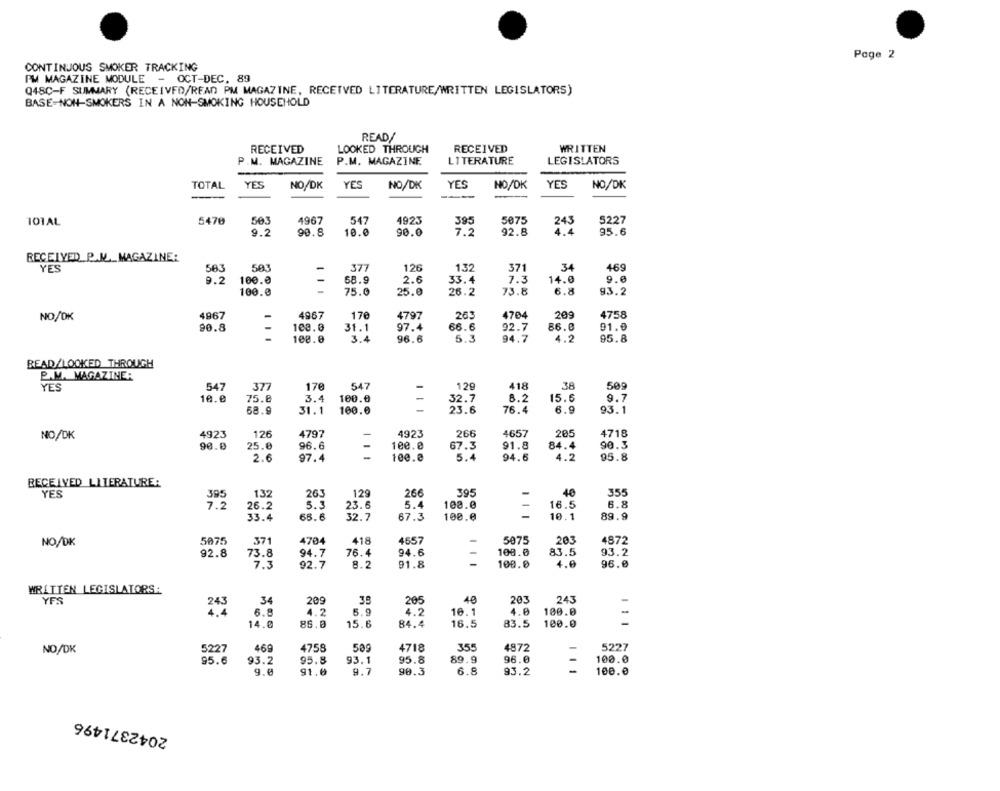
Page 2
CONTINUOUS SMOKER TRACKING
PM MAGAZINE MODULE - OCT-DEC. 89
Q48C-F SUMMARY (RECEIVFO/READ PM MAGAZINE, RECEIVED LITERATURE/WRITTEN LEGISLATORS)
BASE-NON-SMOKERS IN A NON-SMOKING HOUSEHOLD
READ/
RECEIVED
LOOKED THROUGH
RECEIVED
WRITTEN
P.M. MAGAZINE
P.M. MAGAZINE
LITERATURE
LEGISLATORS
TOTAL
YES
NO/DK
YES
NO/DK
YES
NO/DK
YES
NO/DK
101AL
5470
503
4967
547
4923
5075
5227
395
243
9.2
90.8
10.0
90.0
7.2
92.8
95.6
RECEIVED P.M ._ MAGAZINE:
YES
563
503
377
126
1.32
371
34
469
9.6
9.2
100.0
68.9
2.6
33.4
7.3
14.0
100.0
75.0
25.0
26.2
73.8
6.8
93.2
NO/OK
4967
-
4967
170
4797
263
4704
209
4758
90.8
100.0
31.1
97.4
66.6
92.7
86.0
91.0
108.0
3.4
96.6
5.3
94.7
4.2
95.8
READ/LOOKED THROUGH
P.M. MAGAZINE:
YES
547
377
170
547
129
418
38
509
10. 0
75.8
3.4
100.0
32.7
8.2
15.6
9.7
68.9
31.1
100.0
23.6
76.4
6.9
93.1
NO/DK
4923
126
4797
4923
266
4657
205
4718
90.0
25.0
96.6
100.0
67.3
91.8
84.4
90.3
2.6
97.4
100.0
5.4
94.6
4.2
95.8
RECEIVED LITERATURE:
YES
395
132
263
129
266
395
40
355
7.2
26.2
5.3
5.4
100.0
16.5
6.8
23.6
33.4
68.6
32. 7
67.3
100.0
10.1
89.9
NO/DK
5075
371
4704
418
4657
5075
203
4872
92.8
73.8
94.7
76.4
94.6
108.0
83.5
93.2
7.3
92.7
8.2
91.8
108.0
4.0
96.0
WRITTEN LEGISLATORS:
YES
243
34
209
38
205
40
203
243
6.8
4.2
5.9
4.2
16.1
4.0
100.0
14.0
86.8
15.6
84.4
16.5
83.5
100.0
NO/DK
5227
469
4758
509
4718
355
4872
5227
95.6
93.2
95.8
93.1
95.8
89.9
96.0
100.0
91.0
9.7
90.3
6.8
93.2
100.0
2042371496